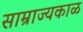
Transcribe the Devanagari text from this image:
साम्राज्यकाळ